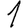
Digit: 1